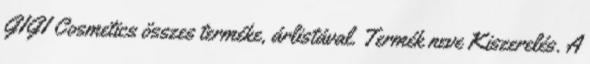
GIGI Cosmetics összes terméke, árlistával. Termék neve Kiszerelés. A